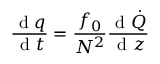
\frac { \mathrm { ~ d ~ } q } { \mathrm { ~ d ~ } t } = \frac { f _ { 0 } } { N ^ { 2 } } \frac { \mathrm { ~ d ~ } \dot { Q } } { \mathrm { ~ d ~ } z }